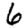
Digit: 6